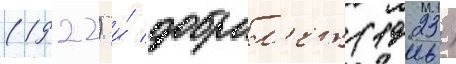
(1922) и́ доброл'ет (1923)